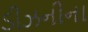
ડીઝનીના